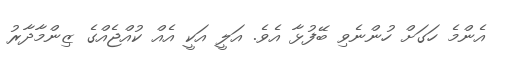
އެންމެ ހަގަށް ހުންނެވި ބޭފުޅާ އެެވެ. އަލީ އަކީ އެއް ކުއްޖެއްގެ ޒިންމާދާރު